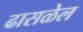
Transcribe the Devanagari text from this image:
ढासळेल